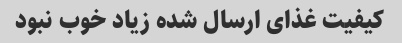
کیفیت غذای ارسال شده زیاد خوب نبود